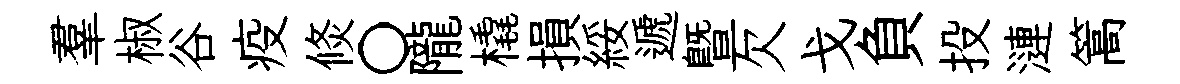
羣椒谷疫倐〇隴橇損綏遞曁欠戈負投漣篙